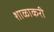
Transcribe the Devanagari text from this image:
शाळाकरी